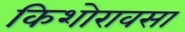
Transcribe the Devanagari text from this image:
किशोरावसा